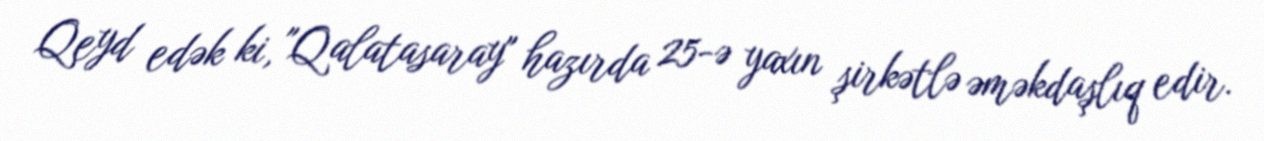
Qeyd edək ki, "Qalatasaray" hazırda 25-ə yaxın şirkətlə əməkdaşlıq edir.